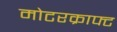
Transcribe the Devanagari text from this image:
मोटरक्राफ्ट